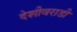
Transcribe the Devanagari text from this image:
देशीवराडी